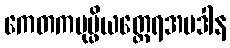
ကေတကပုပ္ဖိယတ္ထေရအပဒါန